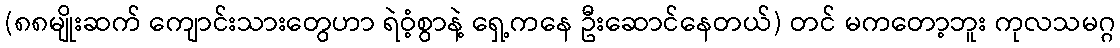
(၈၈မျိုးဆက် ကျောင်းသားတွေဟာ ရဲဝံ့စွာနဲ့ ရှေ့ကနေ ဦးဆောင်နေတယ်) တင် မကတော့ဘူး ကုလသမဂ္ဂ